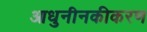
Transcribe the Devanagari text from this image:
आधुनीनकीकरण